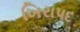
ખિરાપદ